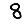
Digit: 8